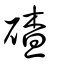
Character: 碴